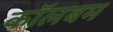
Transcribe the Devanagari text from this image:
कॉलबम